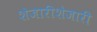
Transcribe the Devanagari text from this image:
शेजारीशेजारी